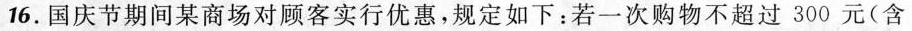
16.国庆节期间某商场对顾客实行优惠，规定如下：若一次购物不超过300元(含